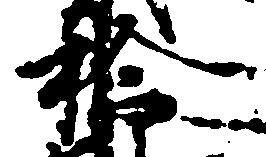
拾